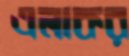
এলাকর